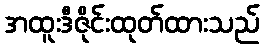
အထူးဒီဇိုင်းထုတ်ထားသည်